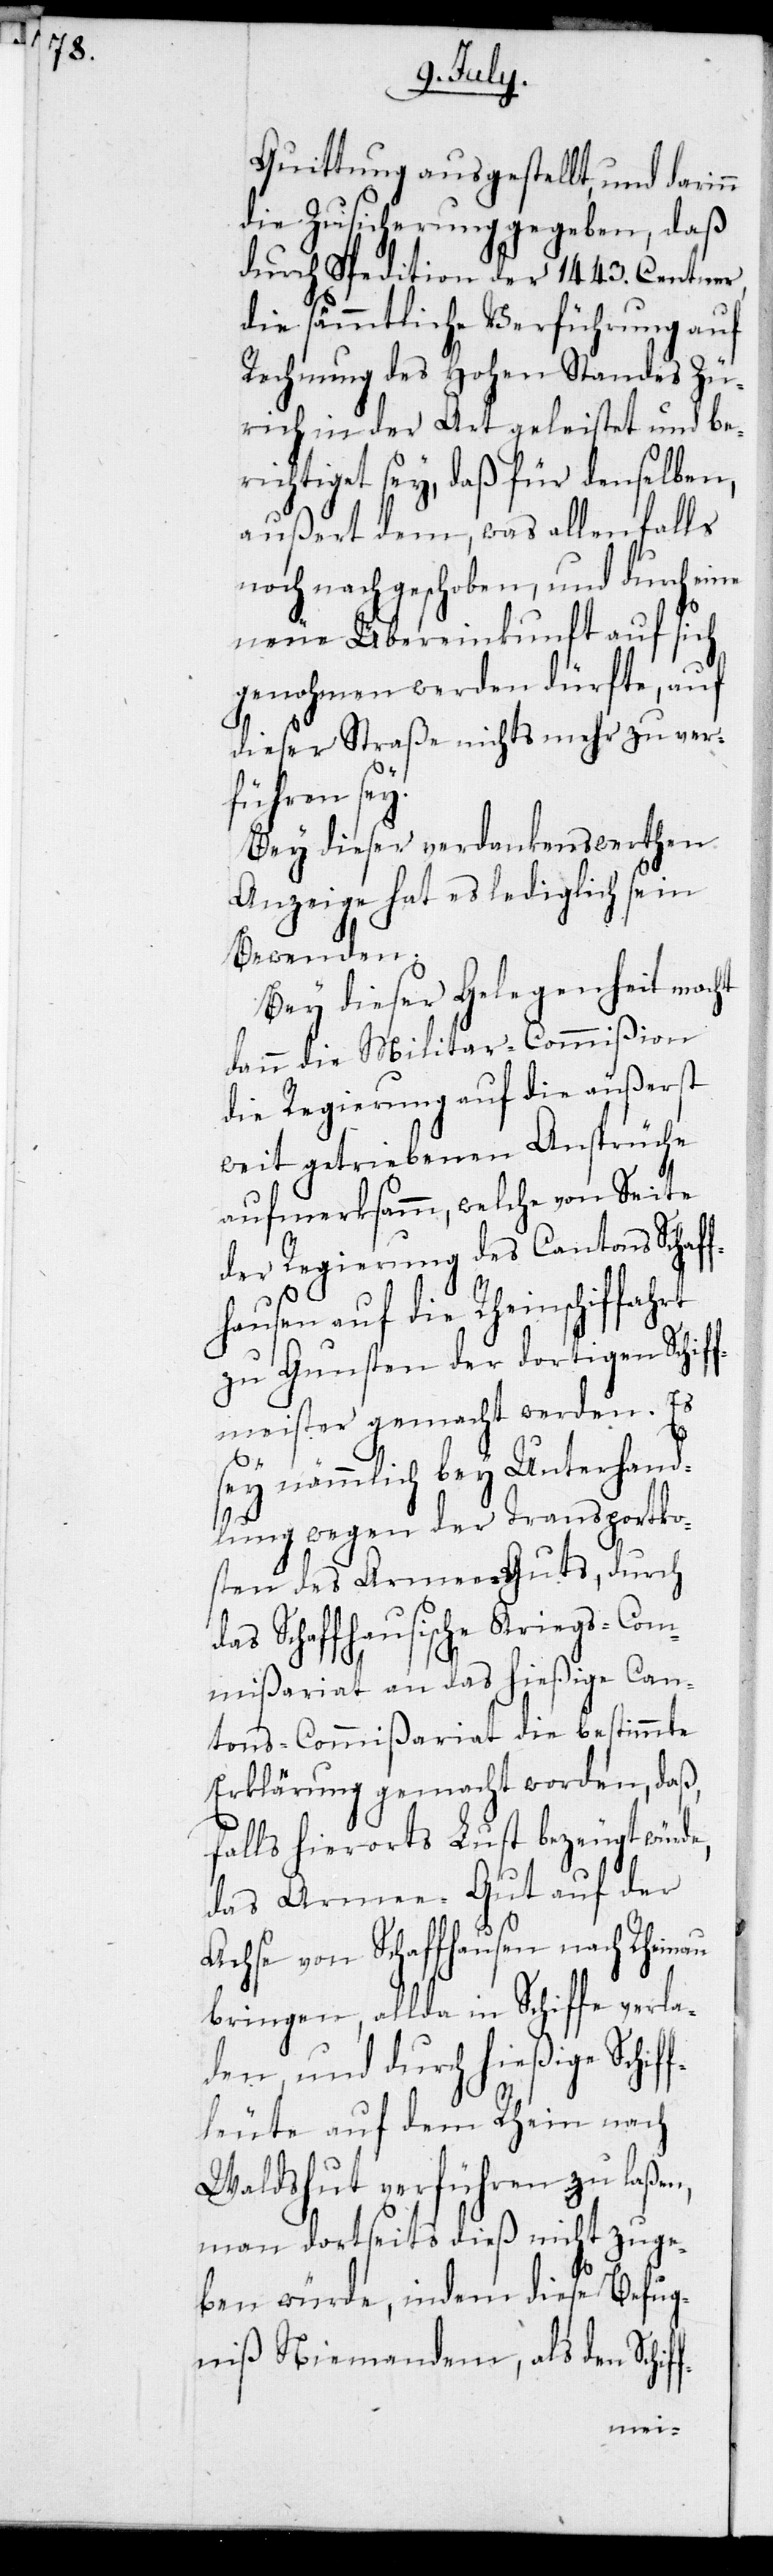
f-

Quittung ausgestellt, und darinn
die Zusicherung gegeben, daß
durch Spedition der 1443. Centner
die sämmtliche Verführung auf
Rechnung des Hohen Standes Zü¬
rich in der Art geleistet und be¬
richtiget sey, daß für denselben,
außert dem, was allenfalls
noch nachgeschoben, und durch eine
neue Übereinkunft auf sich
genohmen werden dürfte, auf
dieser Straße nichts mehr zu ver¬
führen sey.
Bey dieser verdankenswerthen
Anzeige hat es lediglich sein
Bewenden.
Bey dieser Gelegenheit mach¬
dann die Militar-Commißion
die Regierung auf die äußerst
weit getriebenen Ansprüche
aufmerksamm, welche von Seite
der Regierung des Cantons Schaff¬
hausen auf die Rheinschiffahrt
zu Gunsten der dortigen Schiff¬
smeister gemacht werden. Es
sey nämmlich bey Unterhand¬
lung wegen der Transportko¬
sten des Armee-Guts, durch
das Schaffhausische Kriegs-Com¬
mißariat an das hießige Can¬
tons-Commißariat die bestimmte
Erklärung gemacht worden, daß,
falls hierorts Lust bezeugt würde,
das Armee-Gut auf der
Achse von Schaffhausen nach Rheinau
bringen, allda in Schiffe verla¬
den, und durch hießige Schif¬
fleute auf dem Rhein nach
Waldshut verführen zu laßen,
man dortseits dieß nicht zuge¬
ben würde, indem diese Befug¬
niß Niemandem, als den Schif¬